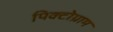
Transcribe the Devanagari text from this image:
पिक्टोग्राम